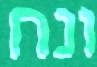
ונח